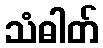
သံဓါတ်